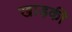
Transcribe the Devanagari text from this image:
खाड़की